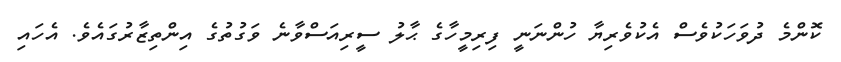
ކޮންމެ ދުވަހަކުވެސް އެކުވެރިޔާ ހުންނަނީ ފިރިމީހާގެ ޙާލު ސީރިއަސްވާނެ ވަގުތުގެ އިންތިޒާރުގައެވެ. އެހައި